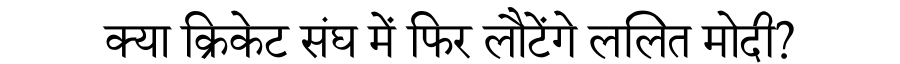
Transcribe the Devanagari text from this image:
क्या क्रिकेट संघ में फिर लौटेंगे ललित मोदी?